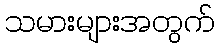
သမားများအတွက်